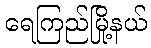
ရေကြည်မြို့နယ်